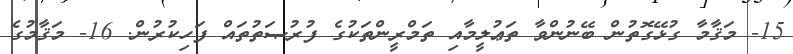
15- މަޤާމާ ގުޅޭގޮތުން ބޭނުންވާ ތަޢުލީމާއި ތަމްރީންތަކުގެ ފުރުޞަތުތައް ފަހިކުރުން. 16- މަޤާމުގެ